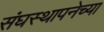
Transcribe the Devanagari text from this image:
संघस्थापनेच्या